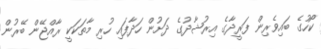
ކޯހުގެ ބައިވެރިން ފަރީދާގެ އިރުޝާދުގެ ދަށުން ހަދާފައި ހުރި މާތަކަކީ ރާއްޖޭން ބޭރުން